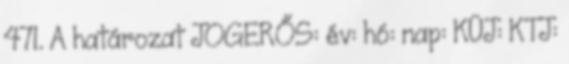
471. A határozat JOGERŐS: év: hó: nap: KÜJ: KTJ: